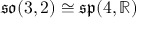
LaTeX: { \mathfrak { s o } } ( 3 , 2 ) \cong { \mathfrak { s p } } ( 4 , \mathbb { R } )